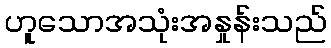
ဟူသောအသုံးအနှုန်းသည်